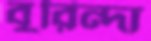
বুরিন্দা